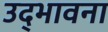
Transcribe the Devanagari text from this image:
उद्‌भावना